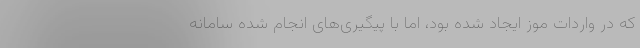
که در واردات موز ایجاد شده بود، اما با پیگیری‌های انجام شده سامانه